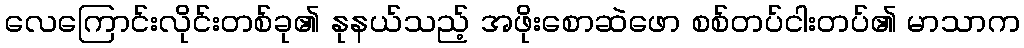
လေကြောင်းလိုင်းတစ်ခု၏ နုနယ်သည့် အဖိုးစောဆဲဖော စစ်တပ်ငါးတပ်၏ မာသာက